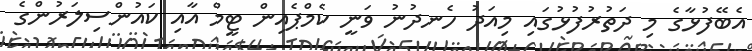
އެބޭފުޅާގެ މި ދަތުރުފުޅުގައި މިއަދު ހެނދުނު ވަނީ ކެމްޕެއިން ޓީމް އާއި ކައުންސިލަރުންގެ